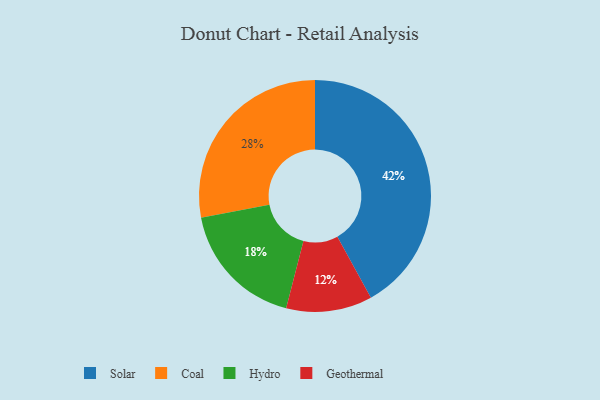
{"axis": {"x": "Category", "y": "Percentage"}, "legend": ["Coal", "Geothermal", "Hydro", "Solar"], "data": [{"x": "Coal", "y": 28, "type": "Coal"}, {"x": "Solar", "y": 42, "type": "Solar"}, {"x": "Hydro", "y": 18, "type": "Hydro"}, {"x": "Geothermal", "y": 12, "type": "Geothermal"}]}